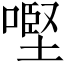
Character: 𠼤